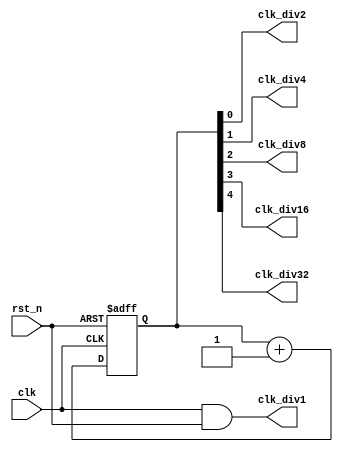
//================================================//
//                                                //
//  Copyright(c) 2019 Corelink(beijing) Co.,Ltd.  //
//                                                //
//------------------------------------------------//
//  Project Name : quark                          //       
//  File Name    : clk_div                        //
//  Description  : clock divider                  //
//                                                //
//================================================//
module clk_div(
               clk,
               rst_n,
               clk_div1,
               clk_div2,
               clk_div4,
               clk_div8,
               clk_div16,
               clk_div32
              );

    input         clk,rst_n;
    output        clk_div1,clk_div2,clk_div4,clk_div8,clk_div16,clk_div32;

    reg    [8:0] clk_cnt; 

    always@(posedge clk or negedge rst_n)
        begin
            if(~rst_n)
                clk_cnt <= 9'h0;
            else
                clk_cnt <= clk_cnt + 9'b1;
        end
    
    assign {clk_div32,clk_div16,clk_div8,clk_div4,clk_div2,clk_div1} = {clk_cnt[4:0],clk&rst_n};

endmodule